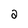
Character: 2